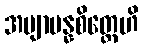
အဗျာပန္နစိတ္တေဟိ